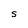
Character: S